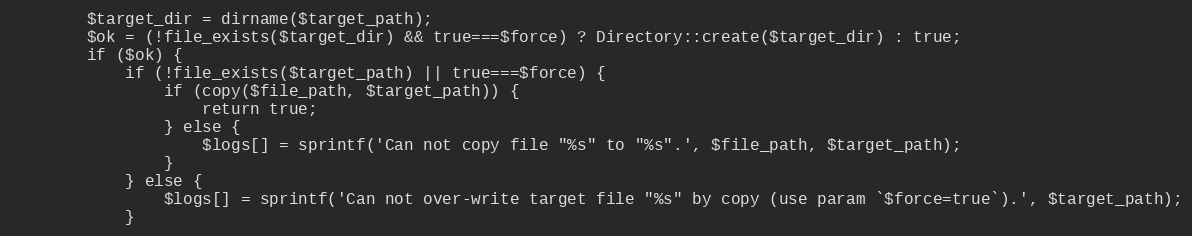
Language: PHP
        $target_dir = dirname($target_path);
        $ok = (!file_exists($target_dir) && true===$force) ? Directory::create($target_dir) : true;
        if ($ok) {
            if (!file_exists($target_path) || true===$force) {
                if (copy($file_path, $target_path)) {
                    return true;
                } else {
                    $logs[] = sprintf('Can not copy file "%s" to "%s".', $file_path, $target_path);
                }
            } else {
                $logs[] = sprintf('Can not over-write target file "%s" by copy (use param `$force=true`).', $target_path);
            }